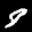
Label: 8